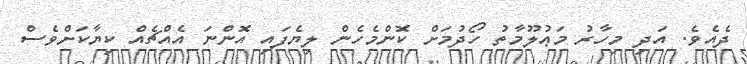
ދެއެެވެ. އަދި މިހާރު މަޢުލޫމާތު ހޯދުމަށް ކޮންމެހެން ލިޔެފައި އޮންނަ އެއްޗެއް ކިޔާކަަށްވެސް